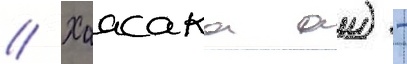
// Хаасака аи) -